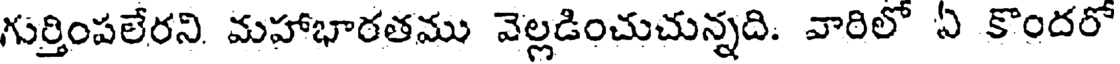
గుర్తింపలేరని మహాభారతము వెల్లడించుచున్నది. వారిలో ఏ కొందరో